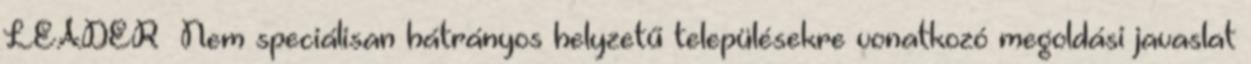
LEADER ▪Nem speciálisan hátrányos helyzetű településekre vonatkozó megoldási javaslat